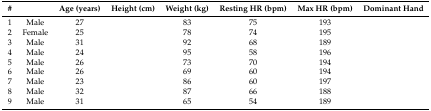
<table><thead><tr><td><b>#</b></td><td>[EMPTY_CELL]</td><td><b>Age (years)</b></td><td><b>Height (cm)</b></td><td><b>Weight (kg)</b></td><td><b>Resting HR (bpm)</b></td><td><b>Max HR (bpm)</b></td><td><b>Dominant Hand</b></td></tr></thead><tbody><tr><td>1</td><td>Male</td><td>27</td><td>[EMPTY_CELL]</td><td>83</td><td>75</td><td>193</td><td>[EMPTY_CELL]</td></tr><tr><td>2</td><td>Female</td><td>25</td><td>[EMPTY_CELL]</td><td>78</td><td>74</td><td>195</td><td>[EMPTY_CELL]</td></tr><tr><td>3</td><td>Male</td><td>31</td><td>[EMPTY_CELL]</td><td>92</td><td>68</td><td>189</td><td>[EMPTY_CELL]</td></tr><tr><td>4</td><td>Male</td><td>24</td><td>[EMPTY_CELL]</td><td>95</td><td>58</td><td>196</td><td>[EMPTY_CELL]</td></tr><tr><td>5</td><td>Male</td><td>26</td><td>[EMPTY_CELL]</td><td>73</td><td>70</td><td>194</td><td>[EMPTY_CELL]</td></tr><tr><td>6</td><td>Male</td><td>26</td><td>[EMPTY_CELL]</td><td>69</td><td>60</td><td>194</td><td>[EMPTY_CELL]</td></tr><tr><td>7</td><td>Male</td><td>23</td><td>[EMPTY_CELL]</td><td>86</td><td>60</td><td>197</td><td>[EMPTY_CELL]</td></tr><tr><td>8</td><td>Male</td><td>32</td><td>[EMPTY_CELL]</td><td>87</td><td>66</td><td>188</td><td>[EMPTY_CELL]</td></tr><tr><td>9</td><td>Male</td><td>31</td><td>[EMPTY_CELL]</td><td>65</td><td>54</td><td>189</td><td>[EMPTY_CELL]</td></tr></tbody></table>